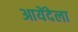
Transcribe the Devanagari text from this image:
आयेंदेला